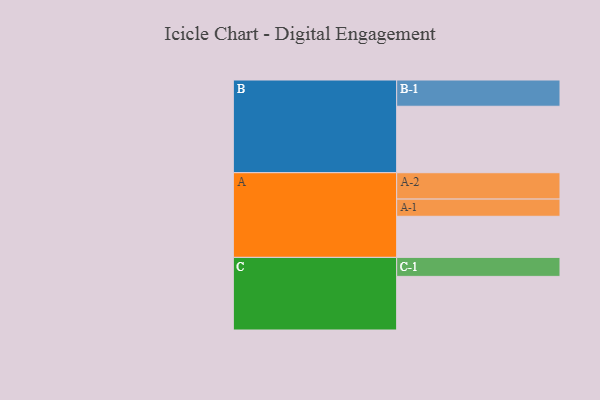
{"axis": {"x": "Segment", "y": "Value"}, "legend": ["", "A", "B", "C"], "data": [{"x": "A", "y": 368, "type": ""}, {"x": "B", "y": 595, "type": ""}, {"x": "C", "y": 480, "type": ""}, {"x": "A-1", "y": 154, "type": "A"}, {"x": "A-2", "y": 236, "type": "A"}, {"x": "B-1", "y": 235, "type": "B"}, {"x": "C-1", "y": 170, "type": "C"}]}